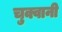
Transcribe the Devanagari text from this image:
चुक्वानी